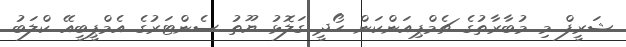
ޝަރީފް މި މުބާރާތުގެ ޗެމްޕިއަންކަން ހޯދީ ގަލޮޅު ޔޫތު ސެންޓަރުގެ އެމްޕީބީއޭ ކްލަބު